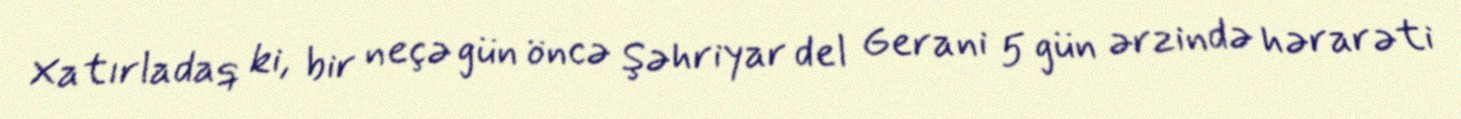
Xatırladaq ki, bir neçə gün öncə Şəhriyar del Gerani 5 gün ərzində hərarəti